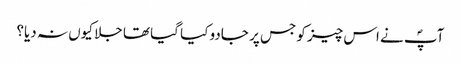
آپؐ نے اس چیز کو جس پر جادو کیا گیا تھا جلا کیوں نہ دیا؟